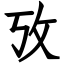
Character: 攷